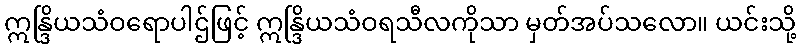
ဣန္ဒြိယသံဝရောပါဌ်ဖြင့် ဣန္ဒြိယသံဝရသီလကိုသာ မှတ်အပ်သလော။ ယင်းသို့